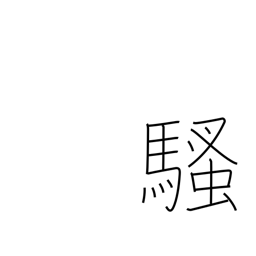
Meaning: bother